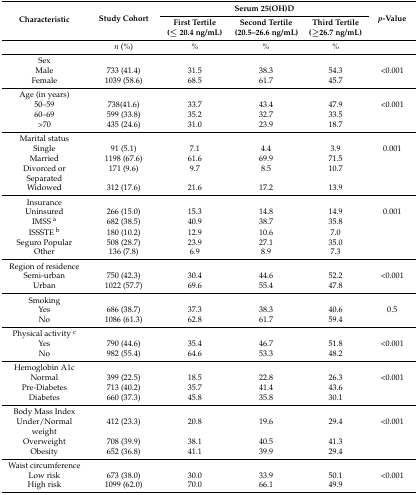
<table><thead><tr><td rowspan="2"><b>Characteristic</b></td><td rowspan="2"><b>Study Cohort</b></td><td colspan="3"><b>Serum 25(OH)D</b></td><td rowspan="2"><b><i>p</i>-Value</b></td></tr><tr><td><b>First Tertile (≤ 20.4 ng/mL)</b></td><td><b>Second Tertile (20.5–26.6 ng/mL)</b></td><td><b>Third Tertile (≥26.7 ng/mL)</b></td></tr></thead><tbody><tr><td></td><td><i>n</i> (%)</td><td>%</td><td>%</td><td>%</td><td></td></tr><tr><td>Sex</td><td></td><td></td><td></td><td></td><td></td></tr><tr><td>Male</td><td>733 (41.4)</td><td>31.5</td><td>38.3</td><td>54.3</td><td>&lt;0.001</td></tr><tr><td>Female</td><td>1039 (58.6)</td><td>68.5</td><td>61.7</td><td>45.7</td><td></td></tr><tr><td>Age (in years)</td><td></td><td></td><td></td><td></td><td></td></tr><tr><td>50–59</td><td>738(41.6)</td><td>33.7</td><td>43.4</td><td>47.9</td><td>&lt;0.001</td></tr><tr><td>60–69</td><td>599 (33.8)</td><td>35.2</td><td>32.7</td><td>33.5</td><td></td></tr><tr><td>&gt;70</td><td>435 (24.6)</td><td>31.0</td><td>23.9</td><td>18.7</td><td></td></tr><tr><td>Marital status</td><td></td><td></td><td></td><td></td><td></td></tr><tr><td>Single</td><td>91 (5.1)</td><td>7.1</td><td>4.4</td><td>3.9</td><td>0.001</td></tr><tr><td>Married</td><td>1198 (67.6)</td><td>61.6</td><td>69.9</td><td>71.5</td><td></td></tr><tr><td>Divorced or Separated</td><td>171 (9.6)</td><td>9.7</td><td>8.5</td><td>10.7</td><td></td></tr><tr><td>Widowed</td><td>312 (17.6)</td><td>21.6</td><td>17.2</td><td>13.9</td><td></td></tr><tr><td>Insurance</td><td></td><td></td><td></td><td></td><td></td></tr><tr><td>Uninsured</td><td>266 (15.0)</td><td>15.3</td><td>14.8</td><td>14.9</td><td>0.001</td></tr><tr><td>IMSS <sup>a</sup></td><td>682 (38.5)</td><td>40.9</td><td>38.7</td><td>35.8</td><td></td></tr><tr><td>ISSSTE <sup>b</sup></td><td>180 (10.2)</td><td>12.9</td><td>10.6</td><td>7.0</td><td></td></tr><tr><td>Seguro Popular</td><td>508 (28.7)</td><td>23.9</td><td>27.1</td><td>35.0</td><td></td></tr><tr><td>Other</td><td>136 (7.8)</td><td>6.9</td><td>8.9</td><td>7.3</td><td></td></tr><tr><td>Region of residence</td><td></td><td></td><td></td><td></td><td></td></tr><tr><td>Semi-urban</td><td>750 (42.3)</td><td>30.4</td><td>44.6</td><td>52.2</td><td>&lt;0.001</td></tr><tr><td>Urban</td><td>1022 (57.7)</td><td>69.6</td><td>55.4</td><td>47.8</td><td></td></tr><tr><td>Smoking</td><td></td><td></td><td></td><td></td><td></td></tr><tr><td>Yes</td><td>686 (38.7)</td><td>37.3</td><td>38.3</td><td>40.6</td><td>0.5</td></tr><tr><td>No</td><td>1086 (61.3)</td><td>62.8</td><td>61.7</td><td>59.4</td><td></td></tr><tr><td>Physical activity <sup>c</sup></td><td></td><td></td><td></td><td></td><td></td></tr><tr><td>Yes</td><td>790 (44.6)</td><td>35.4</td><td>46.7</td><td>51.8</td><td>&lt;0.001</td></tr><tr><td>No</td><td>982 (55.4)</td><td>64.6</td><td>53.3</td><td>48.2</td><td></td></tr><tr><td>Hemoglobin A1c</td><td></td><td></td><td></td><td></td><td></td></tr><tr><td>Normal</td><td>399 (22.5)</td><td>18.5</td><td>22.8</td><td>26.3</td><td>&lt;0.001</td></tr><tr><td>Pre-Diabetes</td><td>713 (40.2)</td><td>35.7</td><td>41.4</td><td>43.6</td><td></td></tr><tr><td>Diabetes</td><td>660 (37.3)</td><td>45.8</td><td>35.8</td><td>30.1</td><td></td></tr><tr><td>Body Mass Index</td><td></td><td></td><td></td><td></td><td></td></tr><tr><td>Under/Normal weight</td><td>412 (23.3)</td><td>20.8</td><td>19.6</td><td>29.4</td><td>&lt;0.001</td></tr><tr><td>Overweight</td><td>708 (39.9)</td><td>38.1</td><td>40.5</td><td>41.3</td><td></td></tr><tr><td>Obesity</td><td>652 (36.8)</td><td>41.1</td><td>39.9</td><td>29.4</td><td></td></tr><tr><td>Waist circumference</td><td></td><td></td><td></td><td></td><td></td></tr><tr><td>Low risk</td><td>673 (38.0)</td><td>30.0</td><td>33.9</td><td>50.1</td><td>&lt;0.001</td></tr><tr><td>High risk</td><td>1099 (62.0)</td><td>70.0</td><td>66.1</td><td>49.9</td><td></td></tr></tbody></table>